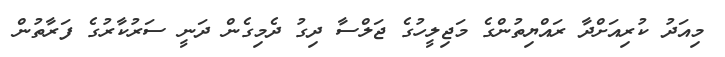
މިއަދު ކުރިއަށްދާ ރައްޔިތުންގެ މަޖިލީހުގެ ޖަލްސާ ދިގު ދެމިގެން ދަނީ ސަރުކާރުގެ ފަރާތުން